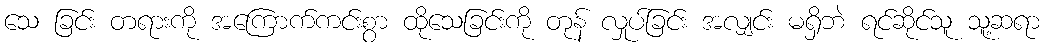
သေ ခြင်း တရားကို အကြောက်ကင်းစွာ ထိုသေခြင်းကို တုန် လှုပ်ခြင်း အလျှင်း မရှိဘဲ ရင်ဆိုင်သူ သူ့ဆရာ